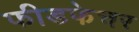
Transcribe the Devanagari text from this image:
फीडफेचर